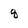
Character: q